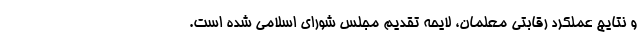
و نتایج عملکرد رقابتی معلمان، لایحه تقدیم مجلس شورای اسلامی شده است.